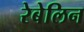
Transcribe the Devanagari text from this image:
रेबेलिन